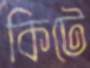
কিটে